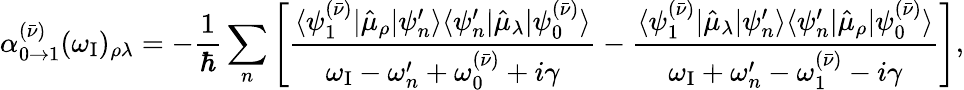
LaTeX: \alpha_{0\to 1}^{(\bar{\nu})}(\omega_{\mathrm{{I}}})_{\rho\lambda}=-\frac{1}{\hbar}\sum_{n}\left[\frac{\langle\psi_{1}^{(\bar{\nu})}|\hat{\mu}_{\rho}|\psi_{n}^{\prime}\rangle\langle\psi_{n}^{\prime}|\hat{\mu}_{\lambda}|\psi_{0}^{(\bar{\nu})}\rangle}{\omega_{\mathrm{I}}-\omega_{n}^{\prime}+\omega_{0}^{(\bar{\nu})}+i\gamma}-\frac{\langle\psi_{1}^{(\bar{\nu})}|\hat{\mu}_{\lambda}|\psi_{n}^{\prime}\rangle\langle\psi_{n}^{\prime}|\hat{\mu}_{\rho}|\psi_{0}^{(\bar{\nu})}\rangle}{\omega_{\mathrm{{I}}}+\omega_{n}^{\prime}-\omega_{1}^{(\bar{\nu})}-i\gamma}\right],